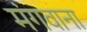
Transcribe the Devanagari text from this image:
मंगवाना